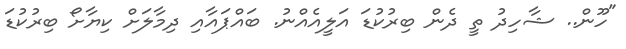
"ހޫން.. ޝާހިދު ތީ ދެން ބިރުކުޑަ އަލީއެއްނު. ބައްޕައާއި ދިމާލަށް ކިޔާށޯ ބިރުކުޑަ